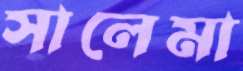
সালেমা